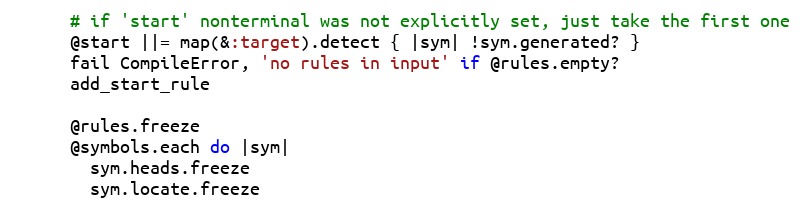
Language: Ruby
      # if 'start' nonterminal was not explicitly set, just take the first one
      @start ||= map(&:target).detect { |sym| !sym.generated? }
      fail CompileError, 'no rules in input' if @rules.empty?
      add_start_rule

      @rules.freeze
      @symbols.each do |sym|
        sym.heads.freeze
        sym.locate.freeze